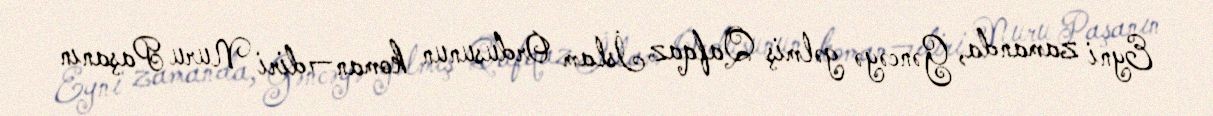
Eyni zamanda, Gəncəyə gəlmiş Qafqaz İslam Ordusunun koman¬diri Nuru Paşanın